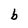
Character: b